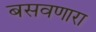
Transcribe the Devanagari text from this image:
बसवणारा